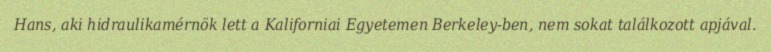
Hans, aki hidraulikamérnök lett a Kaliforniai Egyetemen Berkeley-ben, nem sokat találkozott apjával.